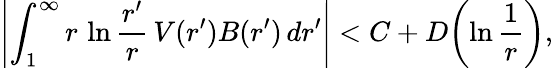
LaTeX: \left|\int_{1}^{\infty}r\, \ln{\frac{r^{\prime}}{r}}\, V(r^{\prime})B(r^{\prime})\, dr^{\prime}\right|<C+D\biggl(\ln{\frac{1}{r}}\biggr),